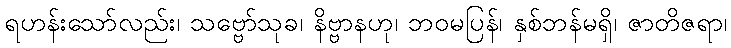
ရဟန်းသော်လည်း၊ သဗ္ဗော်သုခ၊ နိဗ္ဗာနဟု၊ ဘဝမပြန်၊ နှစ်ဘန်မရှိ၊ ဇာတိဇရာ၊